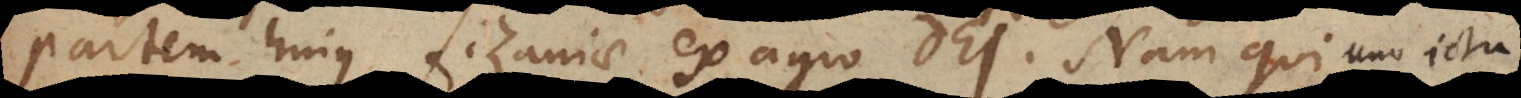
partem hujus zizaniae ex agro Dei. Nam qui